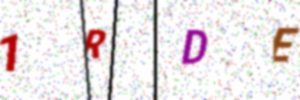
Text: 1RDE